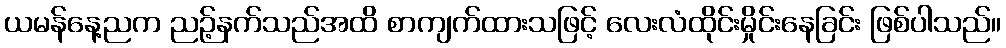
ယမန်နေ့ညက ညဉ့်နက်သည်အထိ စာကျက်ထားသဖြင့် လေးလံထိုင်းမှိုင်းနေခြင်း ဖြစ်ပါသည်။